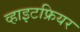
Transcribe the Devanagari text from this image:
व्हाइटफ्रियर